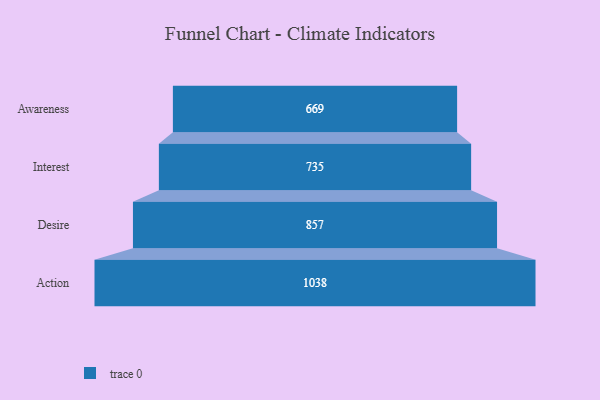
{"axis": {"x": "Stage", "y": "Value"}, "legend": [""], "data": [{"x": "Awareness", "y": 669.0, "type": ""}, {"x": "Interest", "y": 735.0, "type": ""}, {"x": "Desire", "y": 857.0, "type": ""}, {"x": "Action", "y": 1038.0, "type": ""}]}